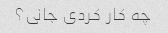
چه کار کردی جانی؟